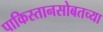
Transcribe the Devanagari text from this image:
पाकिस्तानसोबतच्या